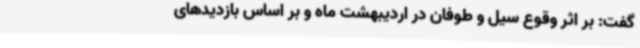
گفت: بر اثر وقوع سیل و طوفان در اردیبهشت ماه و بر اساس بازدیدهای